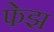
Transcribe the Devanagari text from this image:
फेझ